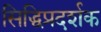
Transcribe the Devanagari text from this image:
सिद्धिप्रदर्शक